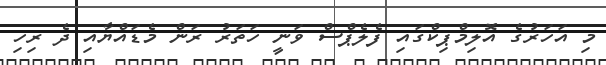
މި އަހަރުގެ އޮލިމްޕިކްގައި ފެލެޕްސް ވަނީ ހަތަރު ރަން މެޑައްޔާއި ދެ ރިހި